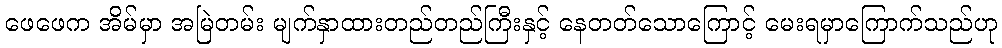
ဖေဖေက အိမ်မှာ အမြဲတမ်း မျက်နှာထားတည်တည်ကြီးနှင့် နေတတ်သောကြောင့် မေးရမှာကြောက်သည်ဟု